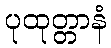
ပုထုတ္တာနံ